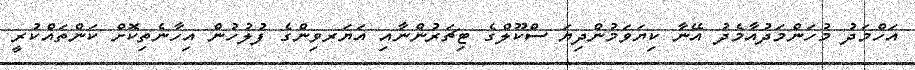
އަހްމަދު މުހަންމަދުއާމެދު އޭނާ ކިޔަވަމުންދިޔަ ސްކޫލްގެ ޓިޗަރުންނާއި އަޔަރވިންގެ ފުލުހުން އިހާނެތިކޮށް ކަންތައްކުރީ